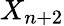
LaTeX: X_{n+2}